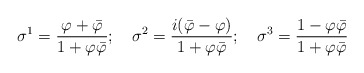
\begin{align*}\sigma^{1}=\frac{\varphi+\bar{\varphi}}{1+\varphi\bar{\varphi}};~~~\sigma^{2}=\frac{i(\bar{\varphi}-\varphi)}{1+\varphi\bar{\varphi}};~~~\sigma^{3}=\frac{1-\varphi\bar{\varphi}}{1+\varphi\bar{\varphi}}\end{align*}